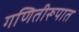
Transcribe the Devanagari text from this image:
गणितीरूपात